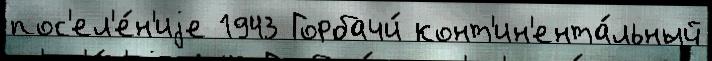
пос'ел'е́н'иjе 1943 Горбачи́ конт'ин'ента́льный